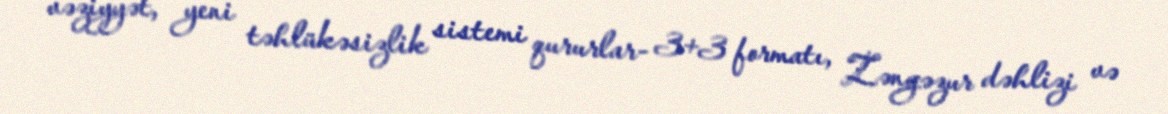
vəziyyət, yeni təhlükəsizlik sistemi qururlar- 3+3 formatı, Zəngəzur dəhlizi və